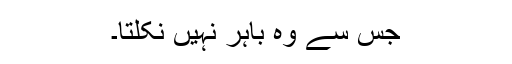
جس سے وہ باہر نہیں نکلتا۔